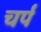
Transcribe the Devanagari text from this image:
चर्प